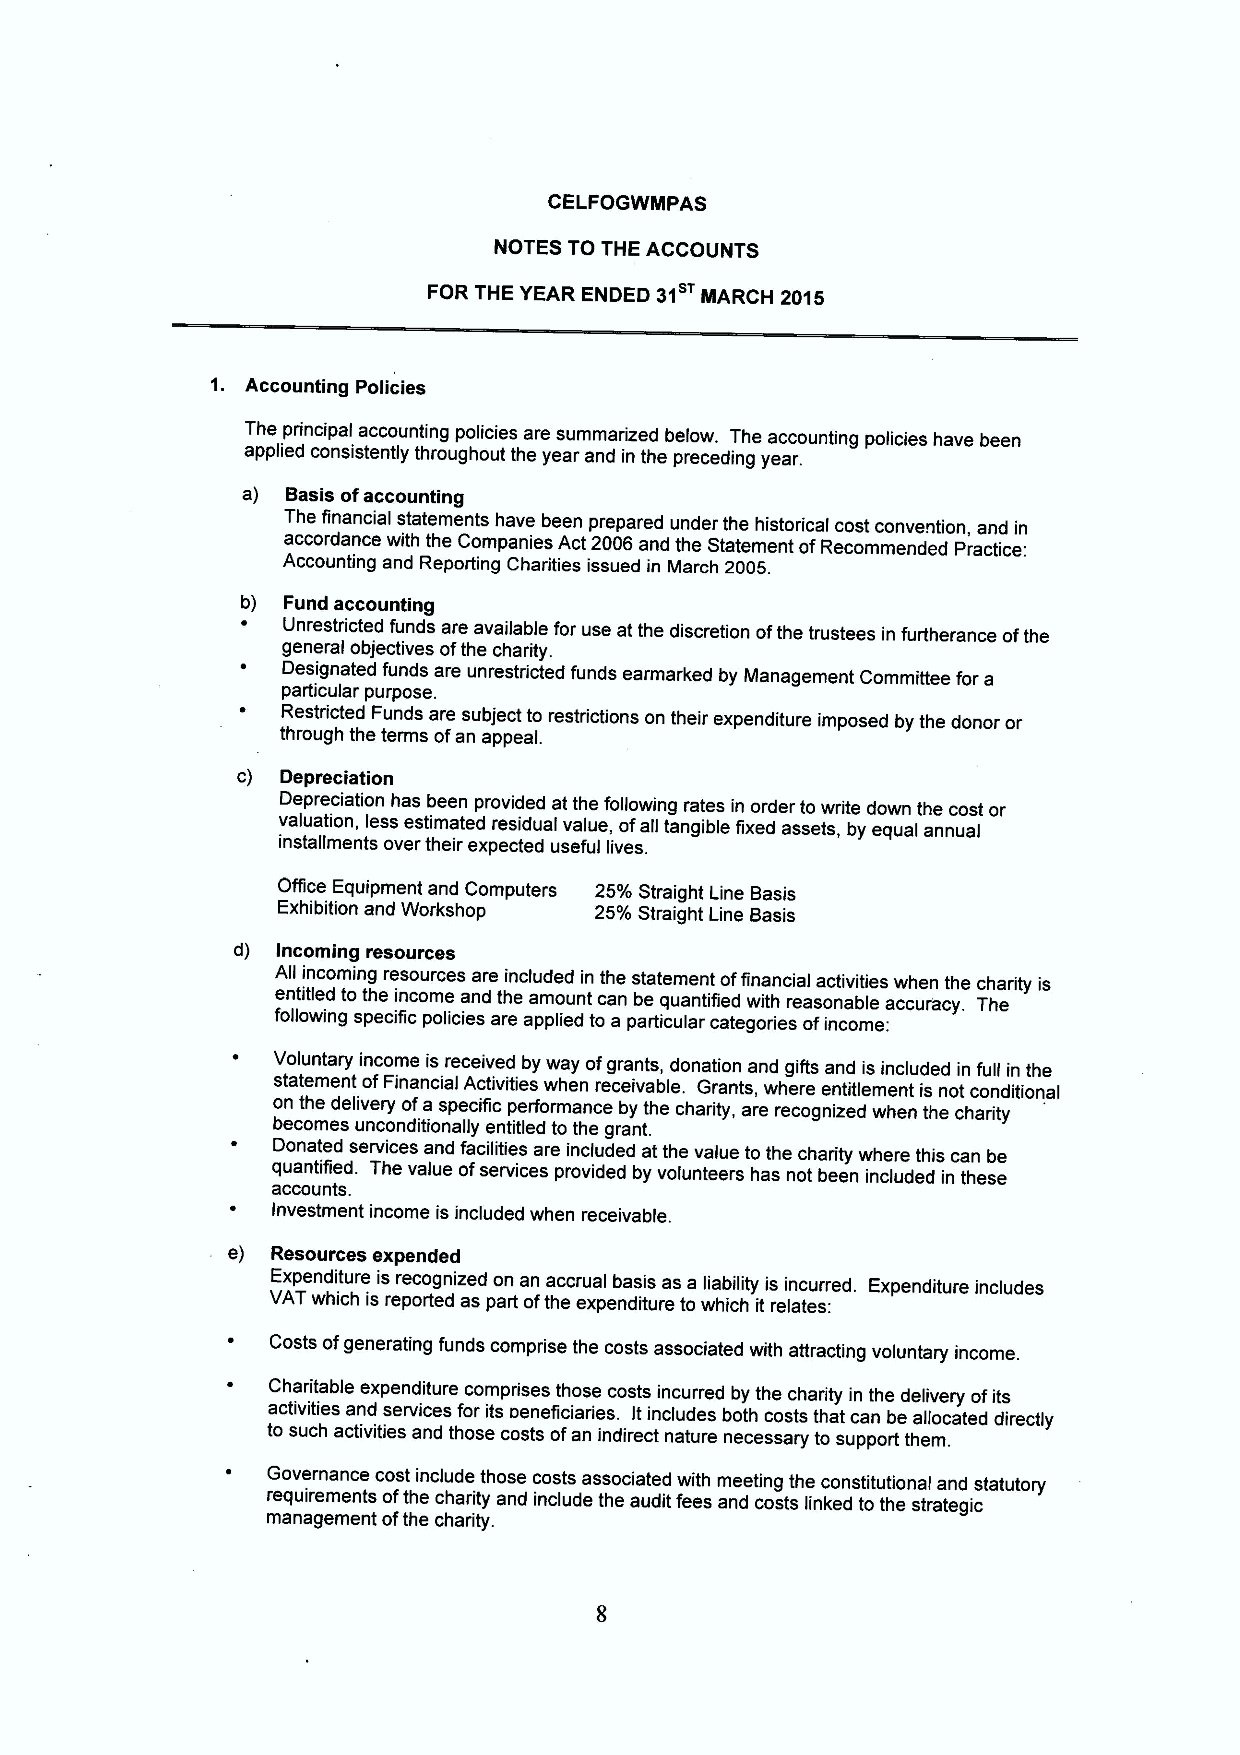
CELFOGWMPAS
 NOTES TO THE ACCOUNTS
 FOR THE YEAR ENDED 31 MARCH 2015
 1. Accounting Policies
 The principal accounting policies are summarized below. The accounting policies have been
 applied consistently throughout the year and in the preceding year.
 a) Basis ofaccounting
 The financial statements have been prepared under the historical cost convention, and in
 accordance with the Companies Act 2006 and the Statement ofRecommended Practice:
 Accounting and Reporting Charities issued in March 2005.
 b) Fund accounting
 Unrestricted funds are available for use at the discretion ofthe trustees in furtherance ofthe
 general objectives ofthe charity.
 Designated funds are unrestricted funds earmarked by Management Committee for a
 particular purpose.
 Restricted Funds are subject to restrictions on their expenditure imposed by the donor or
 through the terms ofan appeal.
 c) Depreciation
 Depreciation has been provided at the following rates in order to write down the cost or
 valuation, less estimated residual value, ofall tangible fixed assets, by equal annual
 installments over their expected useful lives.
 Office Equipment and Computers 25%Straight Line Basis
 Exhibition and Workshop 25%Straight Line Basis
 d) Incoming resources
 All incoming resources are included in the statement offinancial activities when the charity is
 entitled to the income and the amount can be quantified with reasonable accuracy. The
 following specific policies are applied to a particular categories ofincome:
 Voluntary income is received by way ofgrants, donation and gifts and is included in full in the
 statement ofFinancial Activities when receivable. Grants, where entitlement is not conditional
 on the delivery ofa specific performance by the charity, are recognized when the charity
 becomes unconditionally entitled to the grant.
 Donated services and facilities are included at the value tothe charity where this can be
 quantified. The value ofservices provided by volunteers has not been included in these
 accounts.
 Investment income is included when receivable.
 e) Resources expended
 Expenditure is recognized on an accrual basis as a liability is incurred. Expenditure includes
 VAT which is reported as part ofthe expenditure to which it relates:
 Costs ofgenerating funds comprise the costs associated with attracting voluntary income.
 Charitable expenditure comprises those costs incurred by the charity in the delivery ofits
 activities and services for its oenefiiciaries. Itincludes both costs that can be allocated directly
 to such activities and those costs ofan indirect nature necessary to support them.
 Governance cost include those costs associated with meeting the constitutional and statutory
 requirements ofthe charity and include the audit fees and costs linked to the strategic
 management ofthe charity.